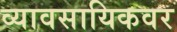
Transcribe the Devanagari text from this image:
व्यावसायिकवर